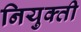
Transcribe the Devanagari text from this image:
नियुक्‍ती